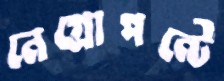
নেগ্রোপন্টে